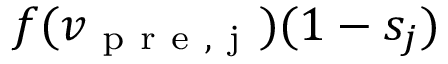
f ( v _ { \mathrm { ~ p ~ r ~ e ~ , ~ j ~ } } ) ( 1 - s _ { j } )